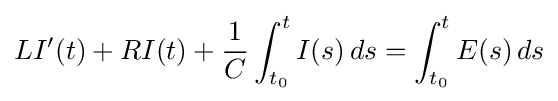
LI'(t)+RI(t)+{\frac {1}{C}}\int _{t_{0}}^{t}I(s)\,ds=\int _{t_{0}}^{t}E(s)\,ds